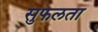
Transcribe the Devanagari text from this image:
सुफलता